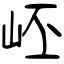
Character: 岯